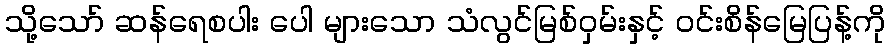
သို့သော် ဆန်ရေစပါး ပေါ များသော သံလွင်မြစ်ဝှမ်းနှင့် ဝင်းစိန်မြေပြန့်ကို